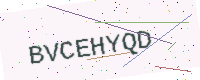
Text: BVCEHYQD